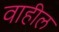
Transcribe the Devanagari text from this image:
वाहील